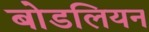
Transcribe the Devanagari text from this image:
बोडलियन